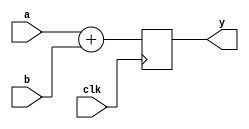
module add4reg (input [3:0] a, input [3:0] b, input clk, output [3:0] y);
	reg [3:0] x;
	always @ (posedge clk)
		x <= a + b;
	assign y = x;
endmodule